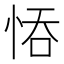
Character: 𢚺